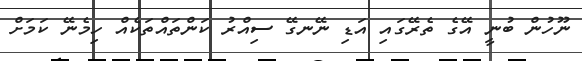
ނޫހުން ބުނީ އޭގެ ތެރޭގައި އަޑި ނޭނގޭ ސިއްރު ކަންތައްތަކެއް ހިމެނޭ ކަމަށް